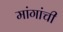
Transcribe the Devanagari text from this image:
मांगांची